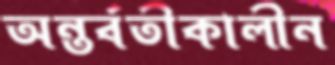
অন্তর্বতীকালীন